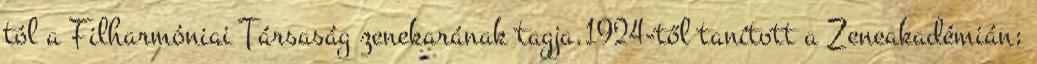
tól a Filharmóniai Társaság zenekarának tagja.1924-től tanított a Zeneakadémián;